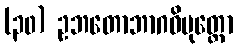
(၃၀) ဥဘတောဘာဂဝိမုတ္တော